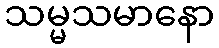
သမ္မသမာနော